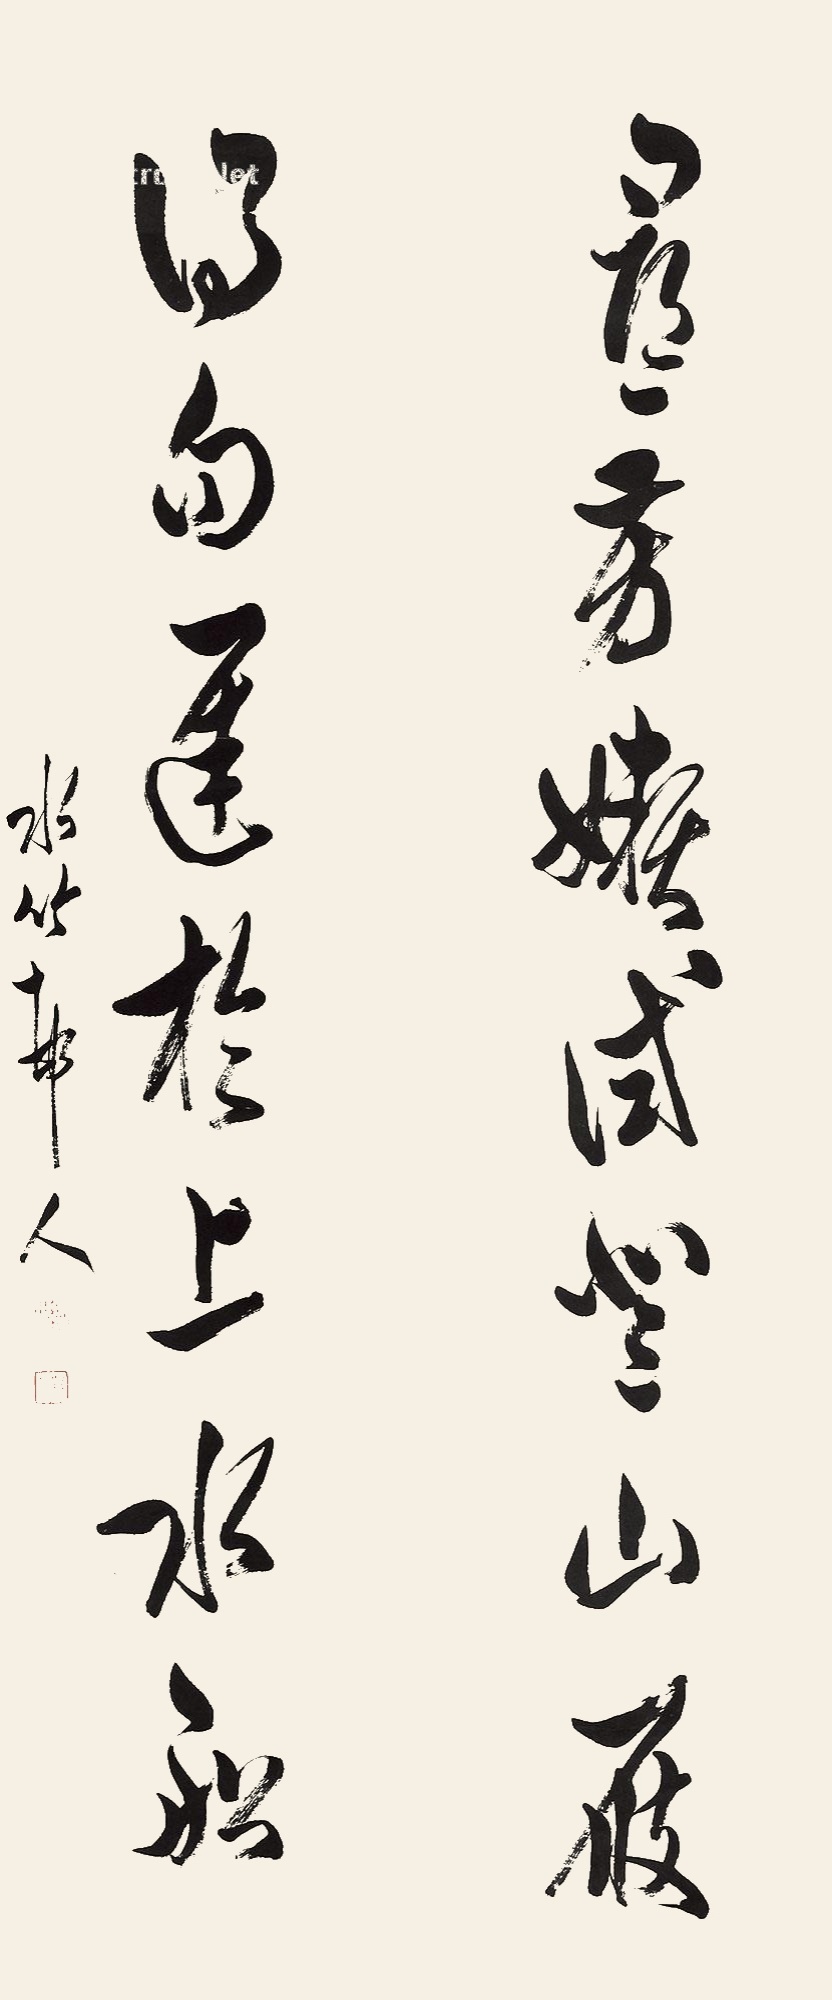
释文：寻芳懒试登山屐，得句迟于上水船。水竹邨人。